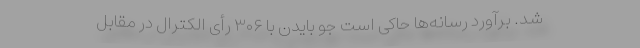
شد. برآورد رسانه‌ها حاکی است جو بایدن با ۳۰۶ رأی الکترال در مقابل